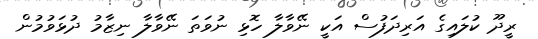
ރީދޫ ކުލައިގެ އަރިދަފުސް އަކީ ނޭވާލާ ހޮޅި ނުވަތަ ނޭވާލާ ނިޒާމު ދުޅަވުމުން